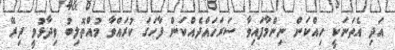
އަދި އެތަނަކީ ހިއްކަން ނިންމާފައިވާ ސަރަހައްދެއްކަން ފާހަގަ ކުރައްވާ މުއްތޮލިބު ވިދާޅުވީ ދިރޭ